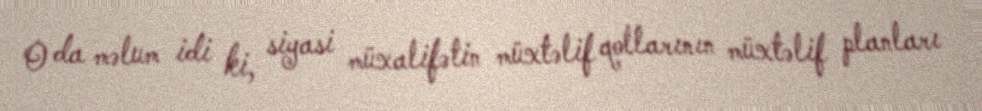
O da məlum idi ki, siyasi müxalifətin müxtəlif qollarının müxtəlif planları